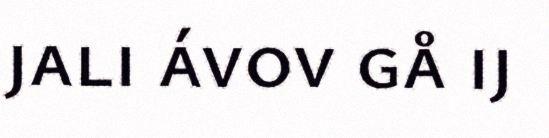
jali ávov gå ij